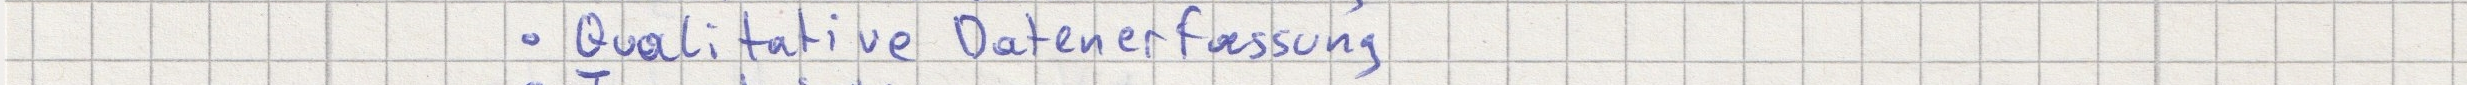
- Qualitative Datenerfassung